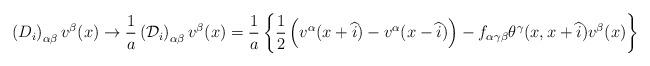
LaTeX: \begin{align*}\left( D_i\right) _{\alpha \beta }v^\beta (x)\rightarrow \frac1a\left( {\cal D}_i\right) _{\alpha \beta }v^\beta (x)=\frac 1a\left\{ \frac12\left( v^\alpha (x+\widehat{i})-v^\alpha (x-\widehat{i})\right) -f_{\alpha\gamma \beta }\theta ^\gamma (x,x+\widehat{i})v^\beta (x)\right\}\end{align*}